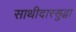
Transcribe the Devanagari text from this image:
साथीदारसुद्धा